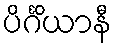
ပိင်္ဂိယာနီ